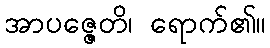
အာပဇ္ဇေတိ၊ ရောက်၏။